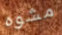
مشوه